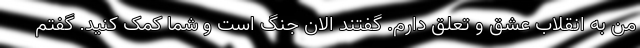
من به انقلاب عشق و تعلق دارم. گفتند الان جنگ است و شما کمک کنید. گفتم